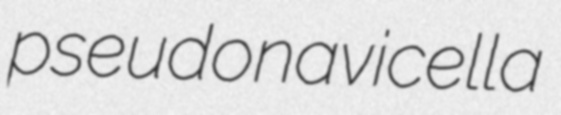
pseudonavicella